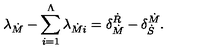
\lambda _ { \dot { M } } - \sum _ { i = 1 } ^ { \Lambda } \lambda _ { \dot { M } i } = \delta _ { \dot { M } } ^ { \dot { R } } - \delta _ { \dot { S } } ^ { \dot { M } } .